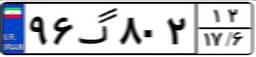
۳۸گ۷۱۶۸۵